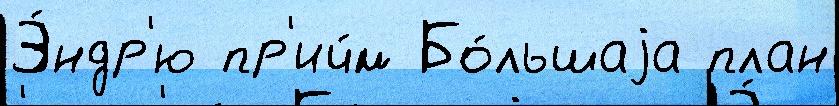
Э́ндр'ю пр'ич́м Бо́льшаjа план